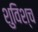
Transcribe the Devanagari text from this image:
शुविश्च